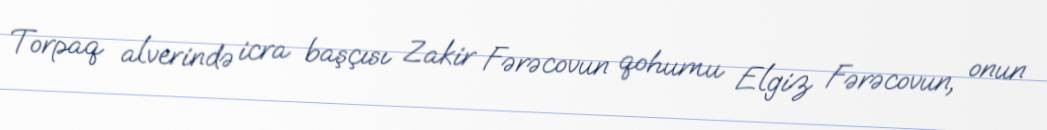
Torpaq alverində icra başçısı Zakir Fərəcovun qohumu Elgiz Fərəcovun, onun